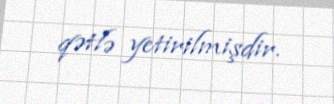
qətlə yetirilmişdir.